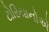
ટોરિયાનોએ